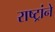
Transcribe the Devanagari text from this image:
राष्ट्रांने